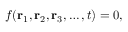
f ( \mathbf { r } _ { 1 } , \mathbf { r } _ { 2 } , \mathbf { r } _ { 3 } , \ldots , t ) = 0 ,